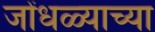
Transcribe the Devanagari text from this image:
जोंधळ्याच्या